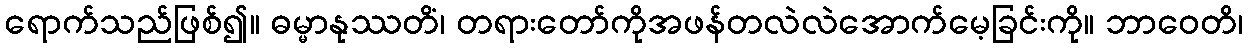
ရောက်သည်ဖြစ်၍။ ဓမ္မာနုဿတိံ၊ တရားတော်ကိုအဖန်တလဲလဲအောက်မေ့ခြင်းကို။ ဘာဝေတိ၊